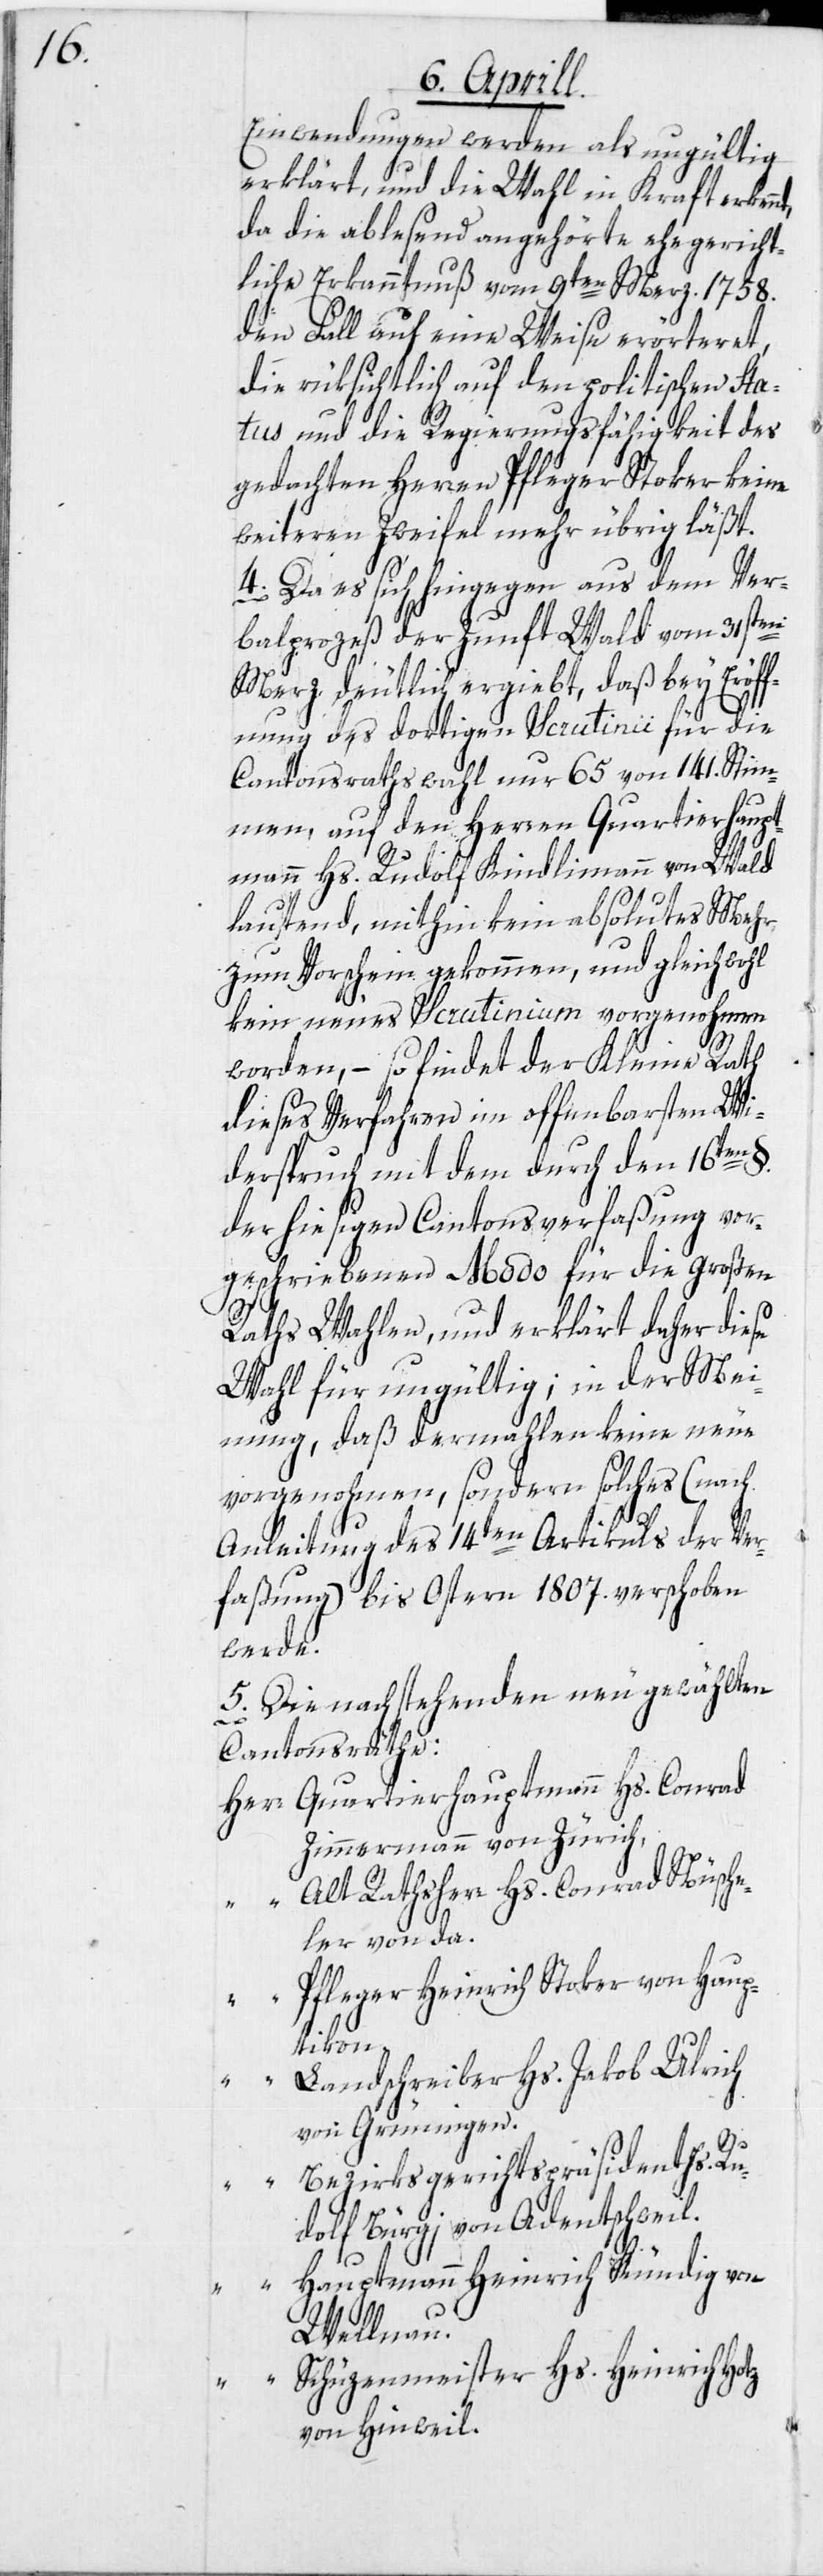
Einwendungen werden als ungültig
erklärt, und die Wahl in Kraft erkenn¬
da die ablesend angehörte ehegericht¬
liche Erkanntnuß vom 9ten Merz 1758.
den Fall auf eine Weise erörteret,
die rüksichtlich auf den politischen Sta¬
tus und die Regierungsfähigkeit des
gedachten Herren Pfleger Stoker keine
weiteren Zweifel mehr übrig läßt.
4. Da es sich hingegen aus dem Ver¬
balprozeß der Zunft Wald vom 31sten
Merz deutlich ergiebt, daß bey Eröff¬
nung des dortigen Scrutinii für die
Cantonsrathswahl nur 65 von 141. Stim¬
men, auf den Herren Quartierhaupt¬
mann Hs. Rudolf Kindlimann von Wald
lautend, mithin kein absolutes Mehr
zum Vorschein gekommen, und gleichwohl
kein neues Scrutinium vorgenohmen
worden, – so findet der Kleine Rath
dieses Verfahren im offenbarsten Wi¬
derspruch mit dem durch den 16ten §.
der hiesigen Cantonsverfaßung vor¬
geschriebene Modo für die Großen
Raths Wahlen, und erklärt daher diese
Wahl für ungültig; in der Mei¬
nung, daß dermahlen keine neue
vorgenohmen, sondern solches (nach
Anleitung des 14ten Artikuls der Ver¬
faßung) bis Ostern 1807. verschoben
werde.
5. Die nachstehenden neu gewählten
Cantonsräthe:
Herr Quartierhauptmann Hs. Conrad
Zimmermann von Zürich,
Alt Rathsherr Hs. Conrad Nüsche¬
ler von da.
Pfleger Heinrich Stoker von Haup¬
tikon.
Landschreiber Hs. Jakob Ulrich
von Grüningen.
Bezirksgerichtspräsident Hs. Ru¬
dolf Bürgi von Adentschweil.
Hauptmann Heinrich Kündig von
t,
Wellnau.
Schüzenmeister Hs. Heinrich Hotz
von Hinweil.